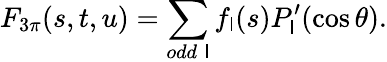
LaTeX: F_{3\pi}(s,t,u)=\sum_{odd\; \mathsf{l}}f_{\mathsf{l}}(s)P_{\mathsf{l}}^{\prime}(\cos\theta).